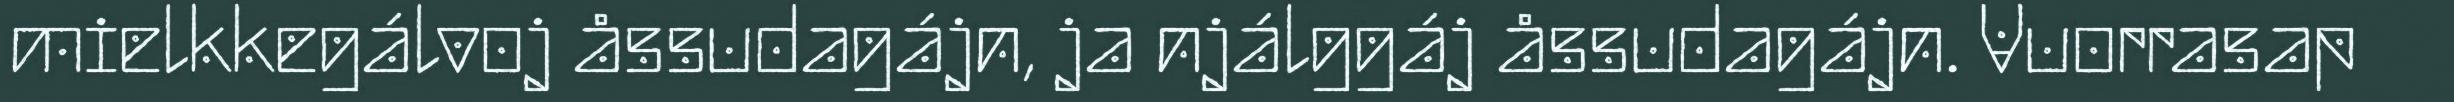
mielkkegálvoj åssudagájn, ja njálggáj åssudagájn. Vuorrasap